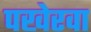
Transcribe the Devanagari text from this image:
पखेरवा